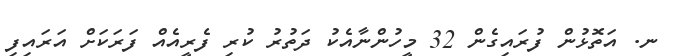
ނ. އަތޮޅުން ފުރައިގެން 32 މީހުންނާއެކު ދަތުރު ކުރި ފެރީއެއް ފަރަކަށް އަރައިފި